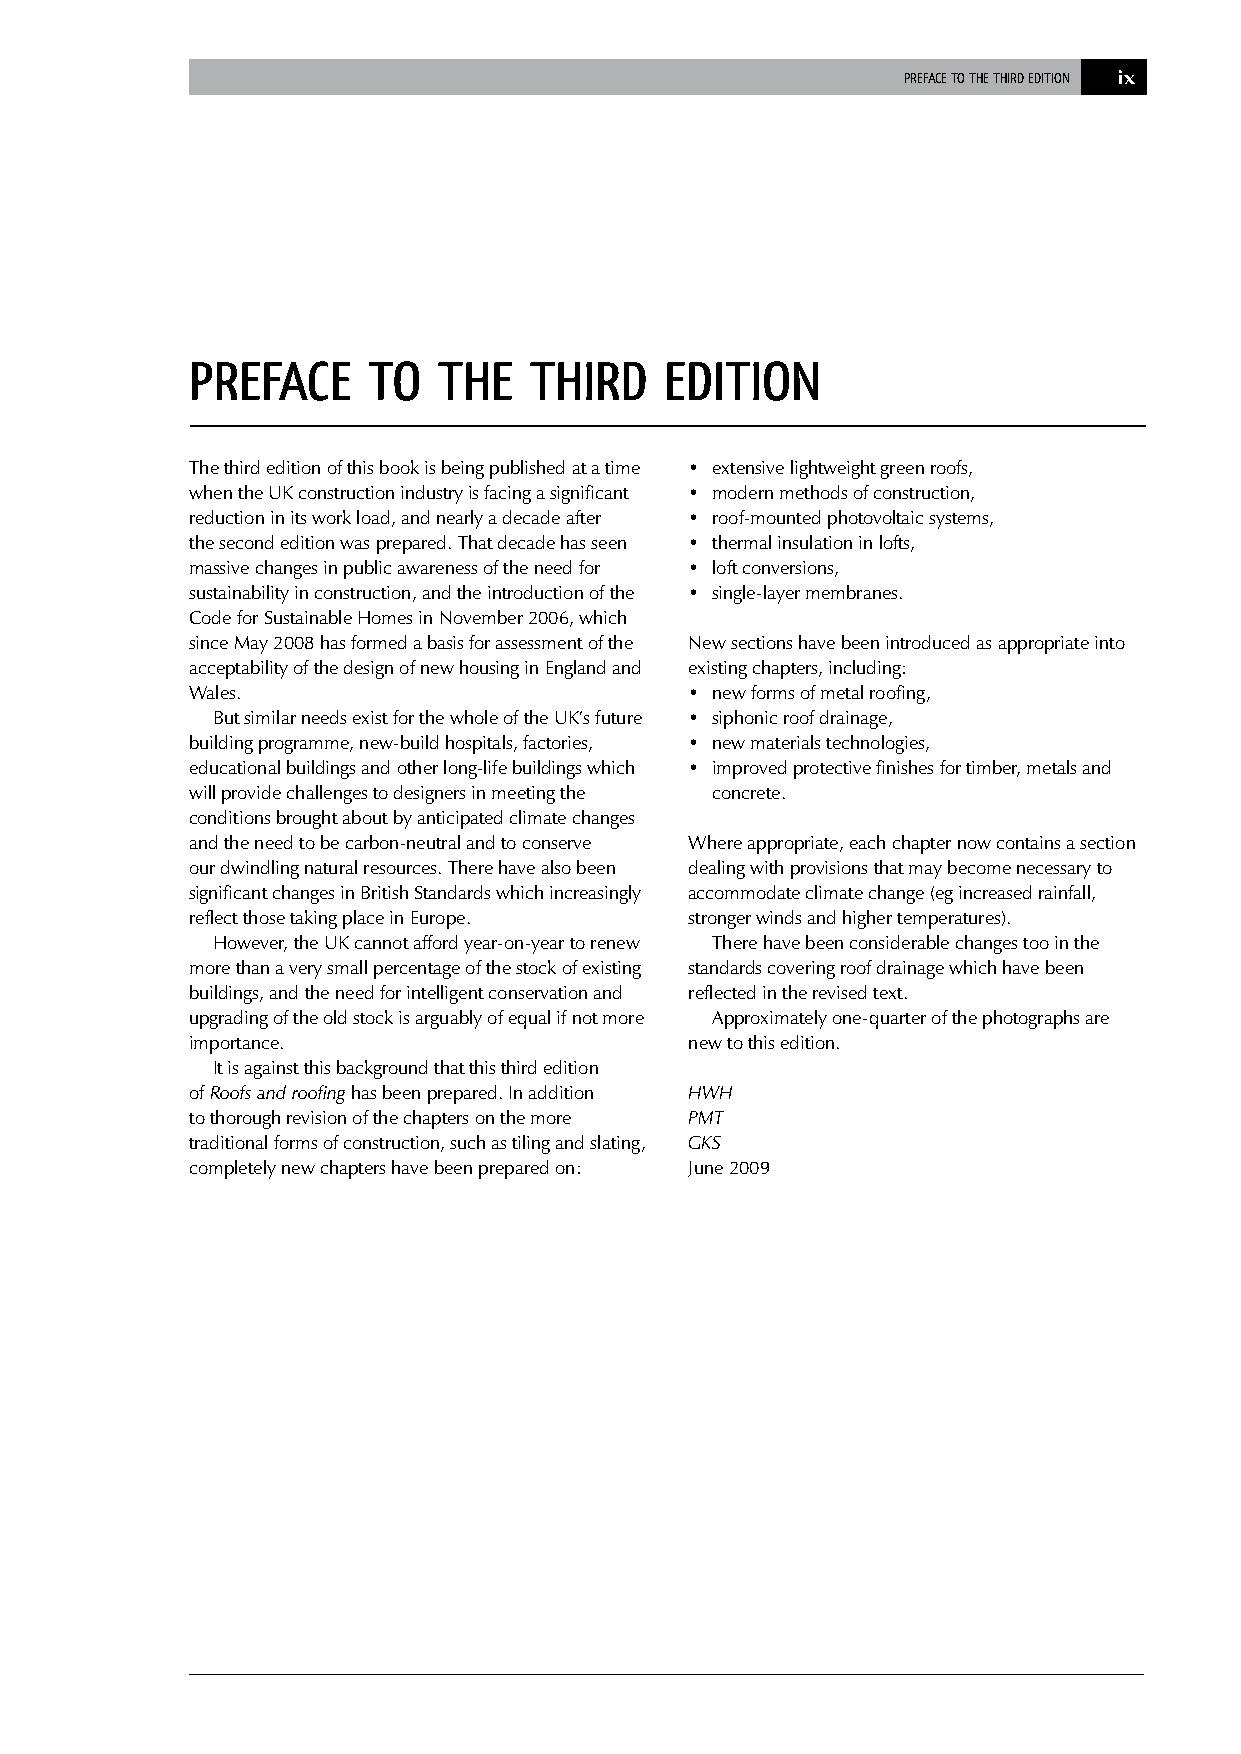
PREFACE TO THE THIRD EDITION ix
 PREFACE    TO   THE   THIRD    EDITION
 The third edition of this book is being published at a time • extensive lightweight green roofs,
 when the UK construction industry is facing a significant • modern methods of construction,
 reduction in its work load, and nearly a decade after • roof-mounted photovoltaic systems,
 the second edition was prepared. That decade has seen • thermal insulation in lofts,
 massive changes in public awareness of the need for • loft conversions,
 sustainability in construction, and the introduction of the • single-layer membranes.
 Code for Sustainable Homes in November 2006, which
 since May 2008 has formed a basis for assessment of the New sections have been introduced as appropriate into
 acceptability of the design of new housing in England and existing chapters, including:
 Wales.                           • new forms of metal roofing,
 But similar needs exist for the whole of the UK’s future • siphonic roof drainage,
 building programme, new-build hospitals, factories, • new materials technologies,
 educational buildings and other long-life buildings which • improved protective finishes for timber, metals and
 will provide challenges to designers in meeting the concrete.
 conditions brought about by anticipated climate changes
 and the need to be carbon-neutral and to conserve Where appropriate, each chapter now contains a section
 our dwindling natural resources. There have also been dealing with provisions that may become necessary to
 significant changes in British Standards which increasingly accommodate climate change (eg increased rainfall,
 reflect those taking place in Europe. stronger winds and higher temperatures).
 However, the UK cannot afford year-on-year to renew There have been considerable changes too in the
 more than a very small percentage of the stock of existing standards covering roof drainage which have been
 buildings, and the need for intelligent conservation and reflected in the revised text.
 upgrading of the old stock is arguably of equal if not more Approximately one-quarter of the photographs are
 importance.                      new to this edition.
 It is against this background that this third edition
 of Roofs and roofing has been prepared. In addition HWH
 to thorough revision of the chapters on the more PMT
 traditional forms of construction, such as tiling and slating, GKS
 completely new chapters have been prepared on: June 2009